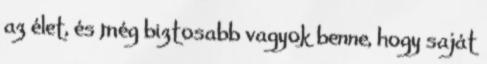
az élet, és még biztosabb vagyok benne, hogy saját